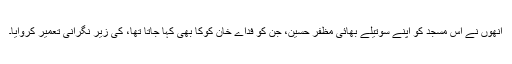
انھوں نے اس مسجد کو اپنے سوتیلے بھائی مظفر حسین، جن کو فداے خان کوکا بھی کہا جاتا تھا، کی زیر نگرانی تعمیر کروایا۔